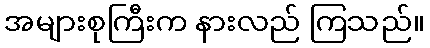
အများစုကြီးက နားလည် ကြသည်။